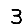
Digit: 3